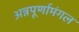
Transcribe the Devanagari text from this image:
अन्नपूर्णामंगल